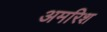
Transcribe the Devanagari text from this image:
अमरिश